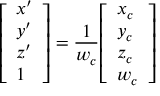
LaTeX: { \left[ \begin{array} { l } { x ^ { \prime } } \\ { y ^ { \prime } } \\ { z ^ { \prime } } \\ { 1 } \end{array} \right] } = { \frac { 1 } { w _ { c } } } { \left[ \begin{array} { l } { x _ { c } } \\ { y _ { c } } \\ { z _ { c } } \\ { w _ { c } } \end{array} \right] }